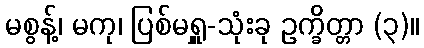
မစွန့်၊ မကု၊ ပြစ်မရှူ-သုံးခု ဥက္ခိတ္တာ (၃)။